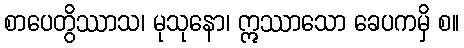
စာပေတွိဿာသ၊ မုသုနော၊ ဣဿာသော ခေပကမှိ စ။